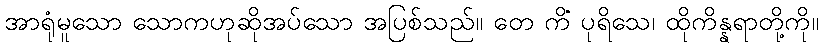
အာရုံမူသော သောကဟုဆိုအပ်သော အပြစ်သည်။ တေ ကိံ ပုရိသေ၊ ထိုကိန္နရာတို့ကို။